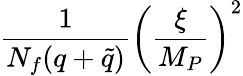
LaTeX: {\frac{1}{N_{f}(q+\tilde{q})}}\left({\frac{\xi}{M_{P}}}\right)^{2}